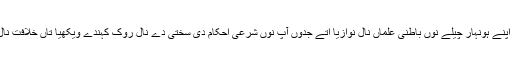
شیخ نے اپنے ہونہار چیلے نوں باطنی علماں نال نوازیا اتے جدوں آپ نوں شرعی احکام دی سختی دے نال روک کہندے ویکھیا تاں خلافت نال نوازیا ۔